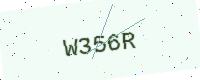
Text: W356R